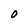
Character: 0